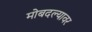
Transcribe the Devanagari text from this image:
मोबदल्यावर